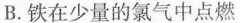
B.铁在少量的氯气中点燃